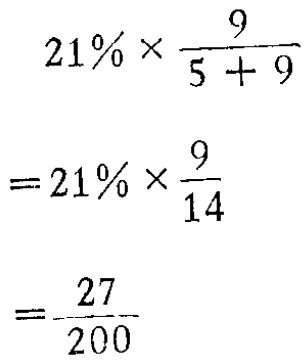
\[

\begin{align*}

&21\% \times \frac{9}{5 + 9}\\

=&21\% \times \frac{9}{14}\\

=&\frac{27}{200}

\end{align*}

\]